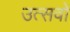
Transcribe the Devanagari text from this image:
उत्सवों